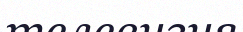
телевизия